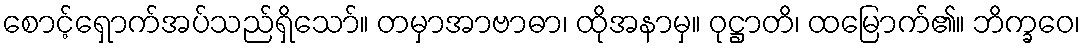
စောင့်ရှောက်အပ်သည်ရှိသော်။ တမှာအာဗာဓာ၊ ထိုအနာမှ။ ဝုဋ္ဌာတိ၊ ထမြောက်၏။ ဘိက္ခဝေ၊